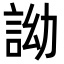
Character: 詏